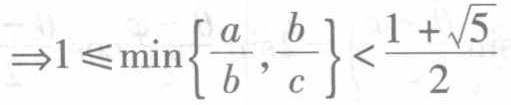
\(\Rightarrow1\leqslant\min\left\{\frac{a}{b},\frac{b}{c}\right\}<\frac{1 + \sqrt{5}}{2}\)